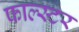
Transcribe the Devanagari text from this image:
फाल्स्टर